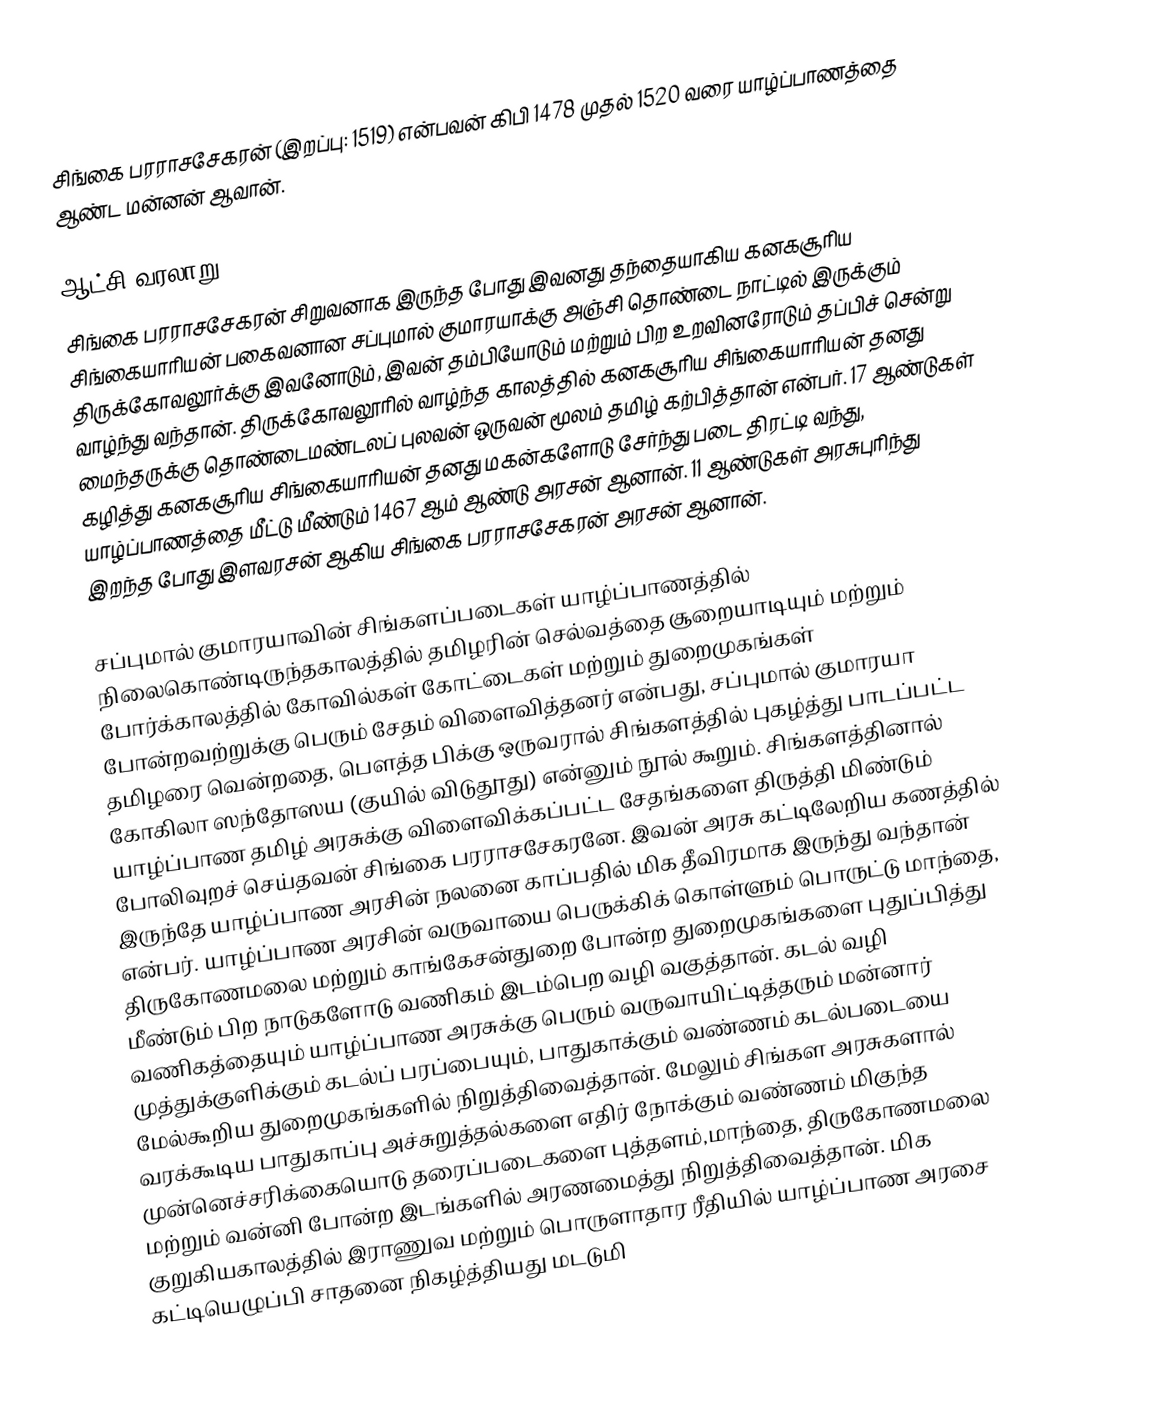
சிங்கை பரராசசேகரன் (இறப்பு: 1519) என்பவன் கிபி 1478 முதல் 1520 வரை யாழ்ப்பாணத்தை ஆண்ட மன்னன் ஆவான்.

ஆட்சி வரலாறு
சிங்கை பரராசசேகரன் சிறுவனாக இருந்த போது இவனது தந்தையாகிய கனகசூரிய சிங்கையாரியன் பகைவனான சப்புமால் குமாரயாக்கு அஞ்சி தொண்டை நாட்டில் இருக்கும் திருக்கோவலூர்க்கு இவனோடும், இவன் தம்பியோடும் மற்றும் பிற உறவினரோடும் தப்பிச் சென்று வாழ்ந்து வந்தான். திருக்கோவலூரில் வாழ்ந்த காலத்தில் கனகசூரிய சிங்கையாரியன் தனது மைந்தருக்கு தொண்டைமண்டலப் புலவன் ஒருவன் மூலம் தமிழ் கற்பித்தான் என்பர். 17 ஆண்டுகள் கழித்து கனகசூரிய சிங்கையாரியன் தனது மகன்களோடு சேர்ந்து படை திரட்டி வந்து, யாழ்ப்பாணத்தை மீட்டு மீண்டும் 1467 ஆம் ஆண்டு அரசன் ஆனான். 11 ஆண்டுகள் அரசுபுரிந்து இறந்த போது இளவரசன் ஆகிய சிங்கை பரராசசேகரன் அரசன் ஆனான்.

சப்புமால் குமாரயாவின் சிங்களப்படைகள் யாழ்ப்பாணத்தில் நிலைகொண்டிருந்தகாலத்தில் தமிழரின் செல்வத்தை சூறையாடியும் மற்றும் போர்க்காலத்தில் கோவில்கள் கோட்டைகள் மற்றும் துறைமுகங்கள் போன்றவற்றுக்கு பெரும் சேதம் விளைவித்தனர் என்பது, சப்புமால் குமாரயா தமிழரை வென்றதை, பௌத்த பிக்கு ஒருவரால் சிங்களத்தில் புகழ்த்து பாடப்பட்ட கோகிலா ஸந்தோஸய (குயில் விடுதூது) என்னும் நூல் கூறும். சிங்களத்தினால் யாழ்ப்பாண தமிழ் அரசுக்கு விளைவிக்கப்பட்ட சேதங்களை திருத்தி மிண்டும் போலிவுறச் செய்தவன் சிங்கை பரராசசேகரனே. இவன் அரசு கட்டிலேறிய கணத்தில் இருந்தே யாழ்ப்பாண அரசின் நலனை காப்பதில் மிக தீவிரமாக இருந்து வந்தான் என்பர்.  யாழ்ப்பாண அரசின்  வருவாயை பெருக்கிக் கொள்ளும் பொருட்டு மாந்தை, திருகோணமலை மற்றும் காங்கேசன்துறை போன்ற துறைமுகங்களை புதுப்பித்து மீண்டும் பிற நாடுகளோடு வணிகம் இடம்பெற வழி வகுத்தான். கடல் வழி வணிகத்தையும் யாழ்ப்பாண அரசுக்கு பெரும் வருவாயிட்டித்தரும் மன்னார் முத்துக்குளிக்கும் கடல்ப் பரப்பையும், பாதுகாக்கும் வண்ணம் கடல்படையை மேல்கூறிய துறைமுகங்களில் நிறுத்திவைத்தான். மேலும் சிங்கள அரசுகளால் வரக்கூடிய பாதுகாப்பு அச்சுறுத்தல்களை எதிர் நோக்கும் வண்ணம் மிகுந்த முன்னெச்சரிக்கையொடு தரைப்படைகளை புத்தளம்,மாந்தை, திருகோணமலை மற்றும் வன்னி போன்ற இடங்களில் அரணமைத்து நிறுத்திவைத்தான். மிக குறுகியகாலத்தில் இராணுவ மற்றும் பொருளாதார ரீதியில் யாழ்ப்பாண அரசை கட்டியெழுப்பி சாதனை நிகழ்த்தியது மடடுமி